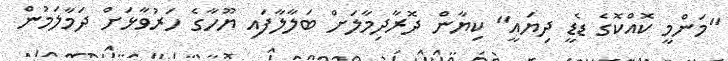
"މަންމީ ކޮއްކޮގެ ޑެޑީ ދިޔައީ" ކިޔާން ދޮރާދިމާލަށް ބަލާލާފައި ޔޫހާގެ ހަރުވާޅަށް ދަމާލަމުން